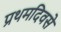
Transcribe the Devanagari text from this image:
प्रथमदिवसे